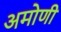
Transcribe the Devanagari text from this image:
अमोणी